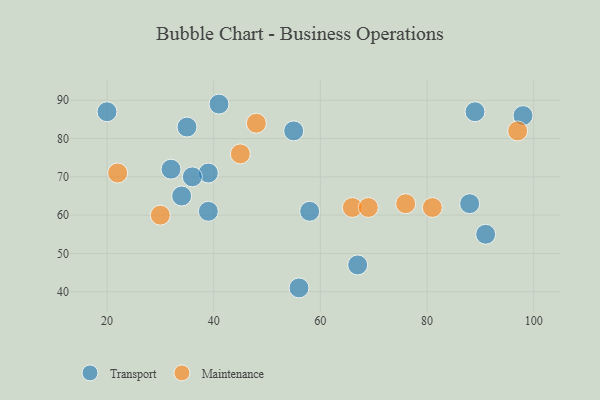
{"axis": {"x": "GDP", "y": "Life Expectancy"}, "legend": ["Maintenance", "Transport"], "data": [{"x": "34", "y": 65, "type": "Transport"}, {"x": "89", "y": 87, "type": "Transport"}, {"x": "20", "y": 87, "type": "Transport"}, {"x": "32", "y": 72, "type": "Transport"}, {"x": "39", "y": 71, "type": "Transport"}, {"x": "98", "y": 86, "type": "Transport"}, {"x": "55", "y": 82, "type": "Transport"}, {"x": "58", "y": 61, "type": "Transport"}, {"x": "41", "y": 89, "type": "Transport"}, {"x": "67", "y": 47, "type": "Transport"}, {"x": "56", "y": 41, "type": "Transport"}, {"x": "91", "y": 55, "type": "Transport"}, {"x": "36", "y": 70, "type": "Transport"}, {"x": "35", "y": 83, "type": "Transport"}, {"x": "88", "y": 63, "type": "Transport"}, {"x": "39", "y": 61, "type": "Transport"}, {"x": "76", "y": 63, "type": "Maintenance"}, {"x": "97", "y": 82, "type": "Maintenance"}, {"x": "81", "y": 62, "type": "Maintenance"}, {"x": "30", "y": 60, "type": "Maintenance"}, {"x": "22", "y": 71, "type": "Maintenance"}, {"x": "66", "y": 62, "type": "Maintenance"}, {"x": "45", "y": 76, "type": "Maintenance"}, {"x": "69", "y": 62, "type": "Maintenance"}, {"x": "48", "y": 84, "type": "Maintenance"}]}